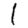
Digit: 1